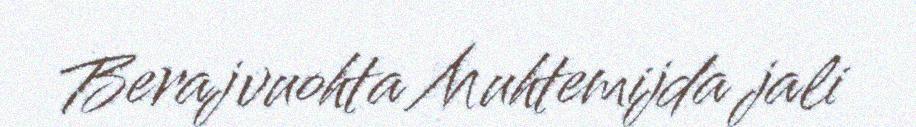
Berajvuohta Muhtemijda jali